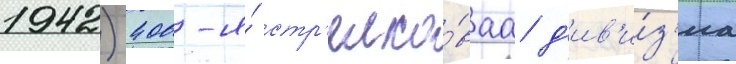
1942) 400-я́ стр'елко́ваа д'ив'и́з'иа